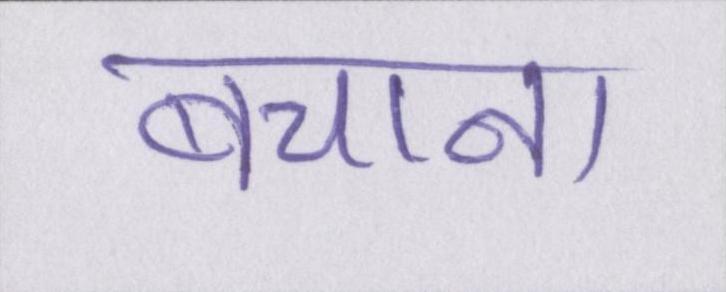
बचाना